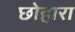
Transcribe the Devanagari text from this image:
छोहारा